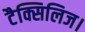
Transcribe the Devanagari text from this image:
टैक्सिलिज।